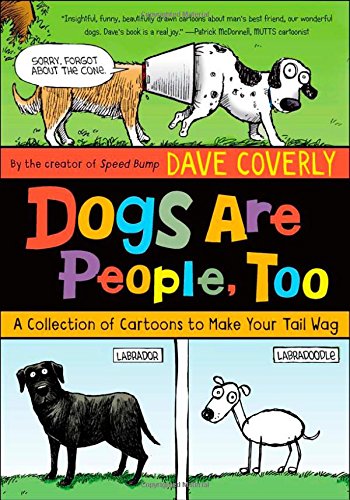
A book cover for Dogs Are People, Too: A Collection of  Cartoons to Make Your Tail Wag; Dave Coverly; Children's Books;